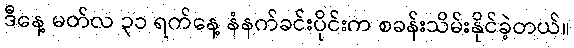
ဒီနေ့ မတ်လ ၃၁ ရက်နေ့ နံနက်ခင်းပိုင်းက စခန်းသိမ်းနိုင်ခဲ့တယ်။